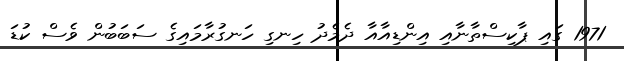
1971 ގައި ޕާކިސްތާނާއި އިންޑިއާއާ ދެމެދު ހިނގި ހަނގުރާމައިގެ ސަބަބުން ވެސް ކުޑަ